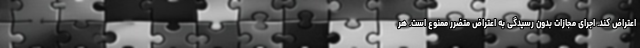
اعتراض کند. اجرای مجازات بدون رسیدگی به اعتراض متضرر ممنوع است. هر